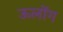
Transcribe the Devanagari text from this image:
ऊलोंग